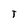
Character: T